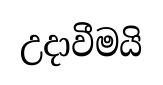
උදාවීමයි